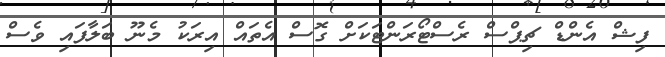
ފިޝް އެންޑް ޗިޕްސް ރެސްޓޯރަންޓަކަށް ގޮސް އެތައް އިރަކު މެނޫ ބަލާފައި ވެސް